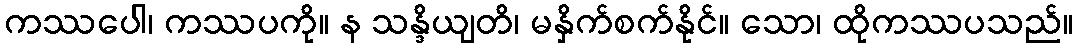
ကဿပေါ၊ ကဿပကို။ န သန္ဒိယျတိ၊ မနှိက်စက်နိုင်။ သော၊ ထိုကဿပသည်။